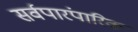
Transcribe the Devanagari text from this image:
सर्वपारंपारिक